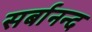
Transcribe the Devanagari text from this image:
सर्बानन्द